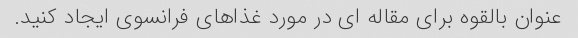
عنوان بالقوه برای مقاله ای در مورد غذاهای فرانسوی ایجاد کنید.